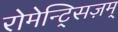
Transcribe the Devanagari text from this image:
रोमेन्ट्सिज़म्